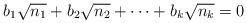
LaTeX: \begin{align*} b_1\sqrt{n_1}+b_2\sqrt{n_2}+\cdots+b_k\sqrt{n_k}=0\end{align*}